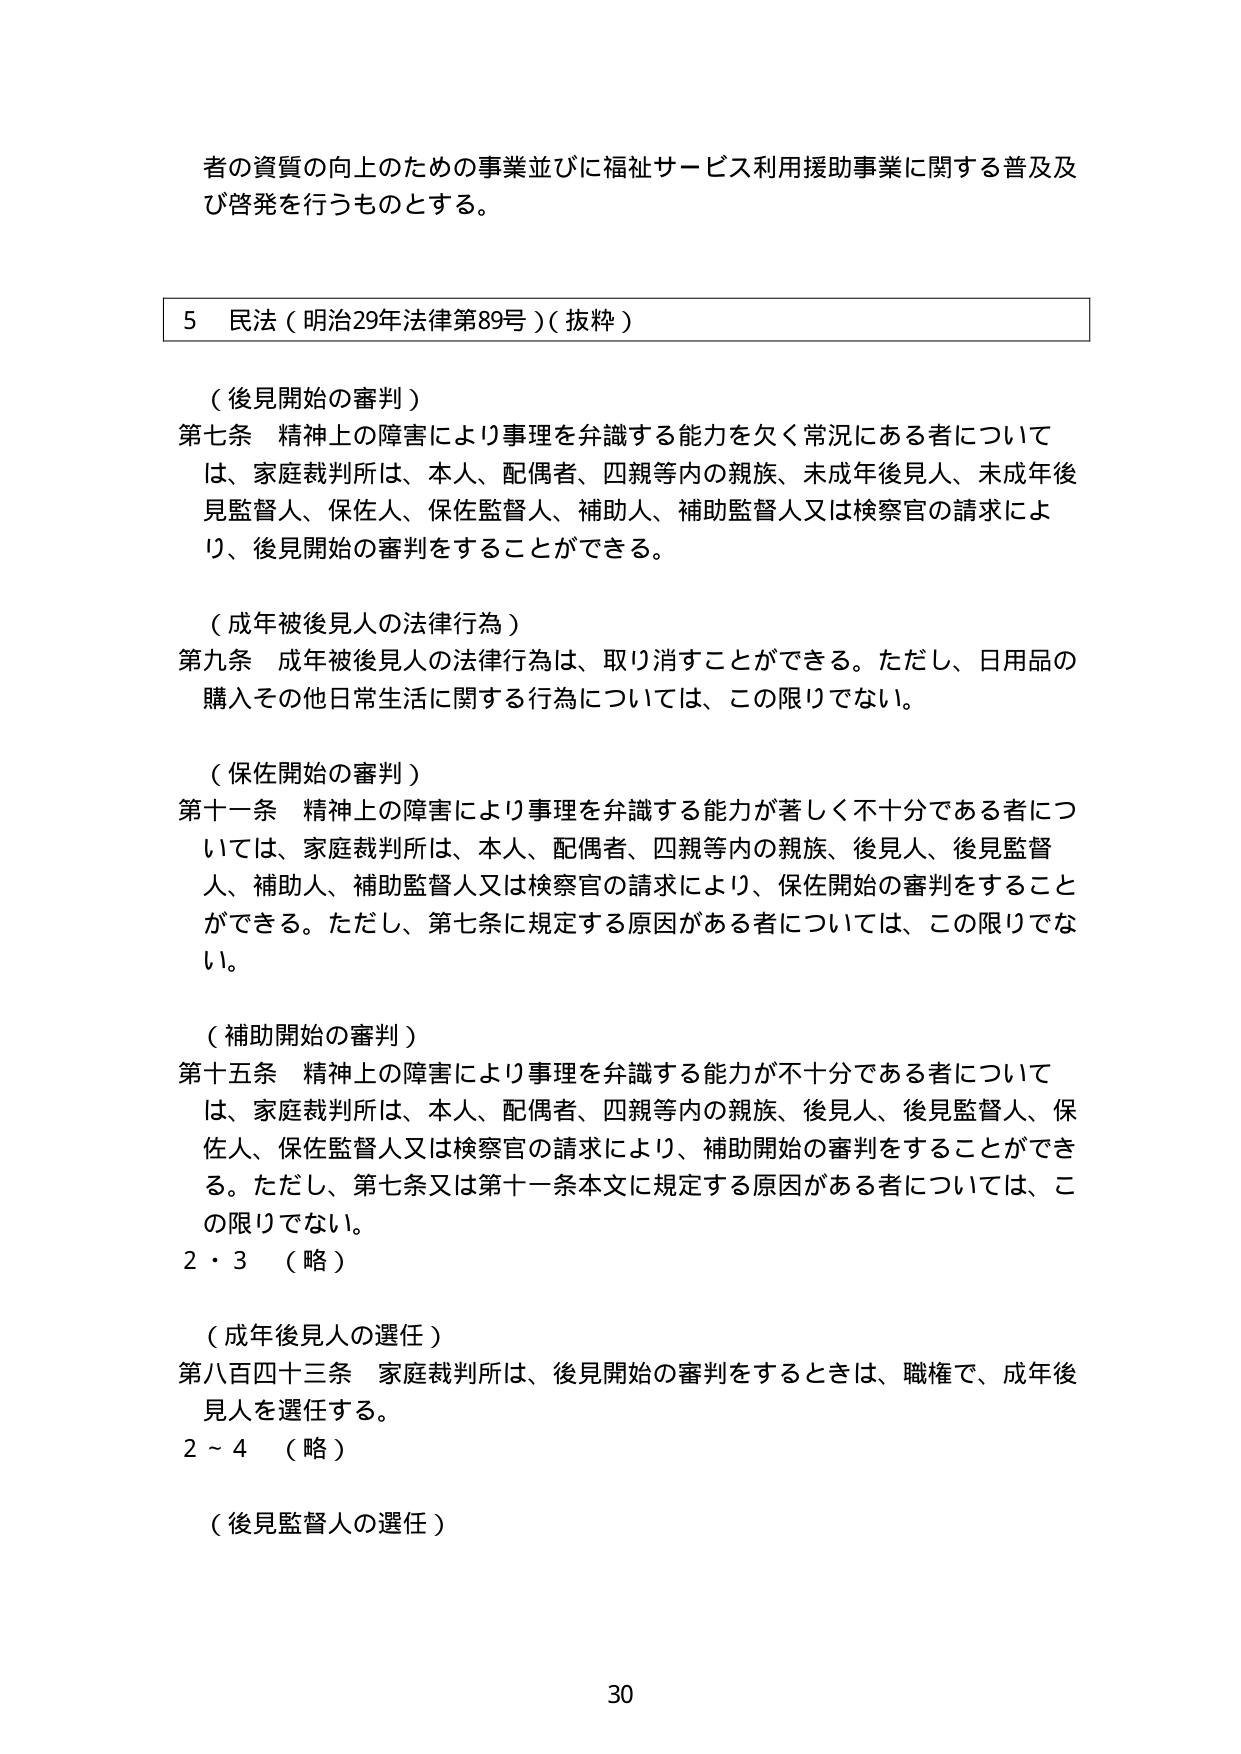
者の資質の向上のための事業並びに福祉サービス利用援助事業に関する普及及び啓発を行うものとする。

5 民法（明治29年法律第89号）（抜粋）

（後見開始の審判）
第七条 精神上の障害により事理を弁識する能力を欠く常況にある者については、家庭裁判所は、本人、配偶者、四親等内の親族、未成年後見人、未成年後見監督人、保佐人、保佐監督人、補助人、補助監督人又は検察官の請求により、後見開始の審判をすることができる。

（成年被後見人の法律行為）
第九条 成年被後見人の法律行為は、取り消すことができる。ただし、日用品の購入その他日常生活に関する行為については、この限りでない。

（保佐開始の審判）
第十一条 精神上の障害により事理を弁識する能力が著しく不十分である者については、家庭裁判所は、本人、配偶者、四親等内の親族、後見人、後見監督人、補助人、補助監督人又は検察官の請求により、保佐開始の審判をすることができる。ただし、第七条に規定する原因がある者については、この限りでない。

（補助開始の審判）
第十五条 精神上の障害により事理を弁識する能力が不十分である者については、家庭裁判所は、本人、配偶者、四親等内の親族、後見人、後見監督人、保佐人、保佐監督人又は検察官の請求により、補助開始の審判をすることができる。ただし、第七条又は第十一条本文に規定する原因がある者については、この限りでない。
2・3 （略）

（成年後見人の選任）
第八百四十三条 家庭裁判所は、後見開始の審判をするときは、職権で、成年後見人を選任する。
2～4 （略）

（後見監督人の選任）

30